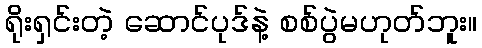
ရိုးရှင်းတဲ့ ဆောင်ပုဒ်နဲ့ စစ်ပွဲမဟုတ်ဘူး။